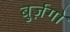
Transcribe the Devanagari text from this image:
बुर्ज़गो